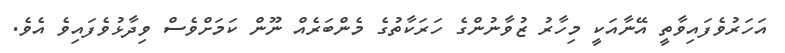
އަހަރުވެފައިވާތީ އޭނާއަކީ މިހާރު ޒުވާނުންގެ ހަރަކާތުގެ މެންބަރެއް ނޫން ކަަމަށްވެސް ވިދާޅުވެފައިވެ އެވެ.